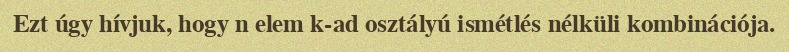
Ezt úgy hívjuk, hogy n elem k-ad osztályú ismétlés nélküli kombinációja.